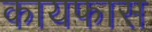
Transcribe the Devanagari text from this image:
कायफास